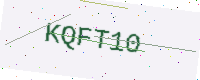
Text: KQFT10